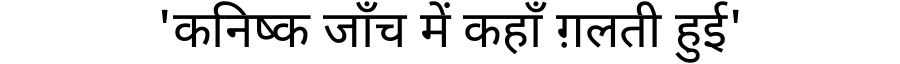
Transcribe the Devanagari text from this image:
'कनिष्क जाँच में कहाँ ग़लती हुई'